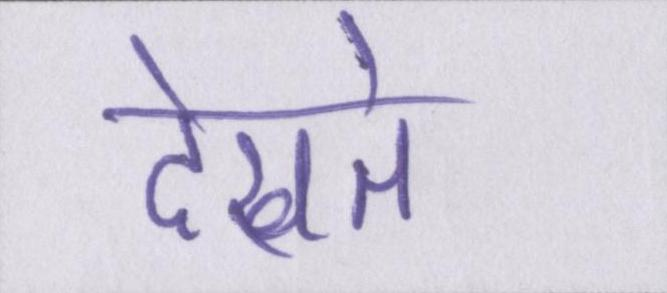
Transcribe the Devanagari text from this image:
देखते